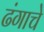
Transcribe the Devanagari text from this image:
ढंगाचे